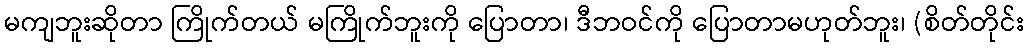
မကျဘူးဆိုတာ ကြိုက်တယ် မကြိုက်ဘူးကို ပြောတာ၊ ဒီဘဝင်ကို ပြောတာမဟုတ်ဘူး၊ (စိတ်တိုင်း